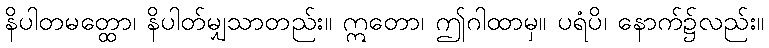
နိပါတမတ္ထော၊ နိပါတ်မျှသာတည်း။ ဣတော၊ ဤဂါထာမှ။ ပရံပိ၊ နောက်၌လည်း။